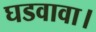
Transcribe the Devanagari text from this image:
घडवावा।